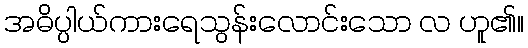
အဓိပ္ပါယ်ကားရေသွန်းလောင်းသော လ ဟူ၏။